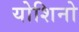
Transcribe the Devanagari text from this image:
योशिनो